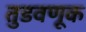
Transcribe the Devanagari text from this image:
तुडवणूक